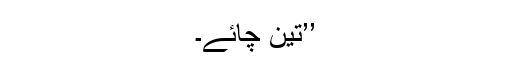
’’تین چائے۔